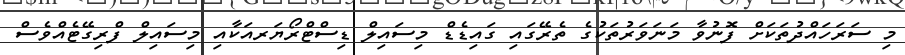
މި ސަރަހައްދުތަކަށް ފޮނުވާ މަނަވަރުތަކުގެ ތެރޭގައި ގައިޑެޑް މިސައިލް ޑިސްޓްރޯޔަރއަކާއި މިސައިލް ފްރިގޭޓެއްވެސް